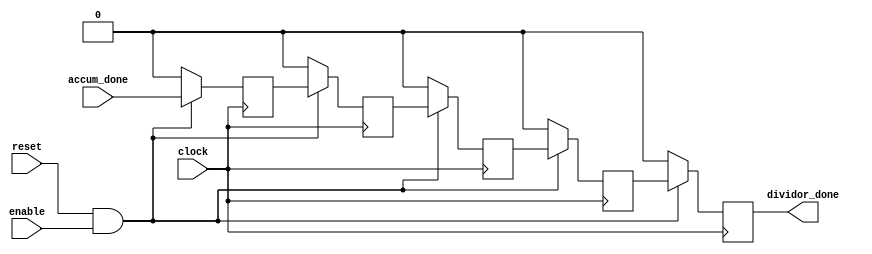
module dividor_done(clock,enable,reset,accum_done,dividor_done);
input clock,enable,reset;
input accum_done;
output reg dividor_done;
reg pipe1,pipe2,pipe3,pipe4;

always@(posedge clock)
begin
   if(~(reset&enable))
   begin
      pipe1<=1'b0;
      pipe2<=1'b0;
      pipe3<=1'b0;
      pipe4<=1'b0;
      dividor_done<=1'b0;
   end
   else
   begin
      pipe1<=accum_done;
      pipe2<=pipe1;
      pipe3<=pipe2;
      pipe4<=pipe3;
      dividor_done<=pipe4;
   end
end




endmodule